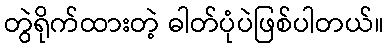
တွဲရိုက်ထားတဲ့ ဓါတ်ပုံပဲဖြစ်ပါတယ်။